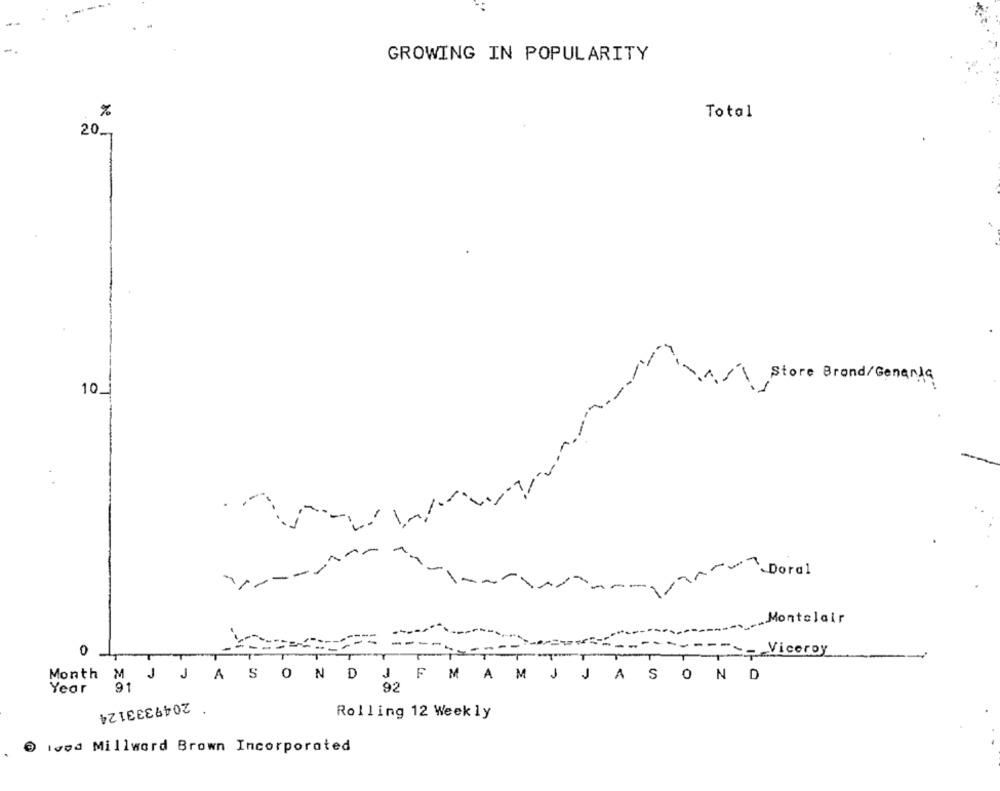
GROWING IN POPULARITY
%
Total
20.
i-
Store Brand/Genaria
10_
-. 7
A
Doral
-
.... Montelair
- Viceroy
Month M J JASON DJ FM A M J JAS OND
91
Year
92
2049333124
Rolling 12 Weekly
lood Millward Brown Incorporated